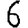
Digit: 6